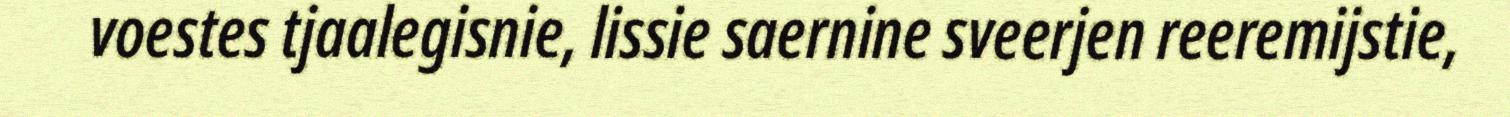
voestes tjaalegisnie, lissie saernine sveerjen reeremijstie,